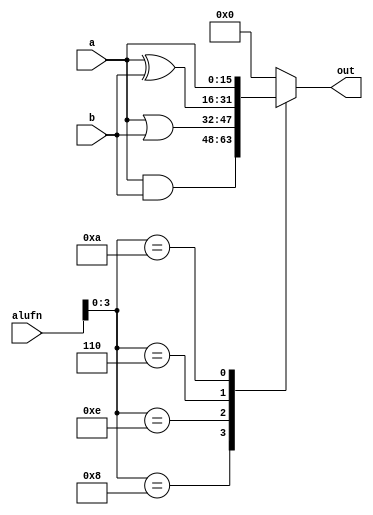
module boolean16_9 (
    input [5:0] alufn,
    input [15:0] a,
    input [15:0] b,
    output reg [15:0] out
  );
  
  
  
  always @* begin
    
    case (alufn[0+3-:4])
      4'h8: begin
        out = a & b;
      end
      4'he: begin
        out = a | b;
      end
      4'h6: begin
        out = a ^ b;
      end
      4'ha: begin
        out = a;
      end
      default: begin
        out = 16'h0000;
      end
    endcase
  end
endmodule